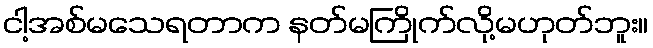
ငါ့အစ်မသေရတာက နတ်မကြိုက်လို့မဟုတ်ဘူး။